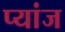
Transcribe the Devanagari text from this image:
प्यांज